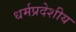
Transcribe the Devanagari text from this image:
धर्मप्रदेशीय